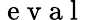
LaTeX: \mathrm{~e~v~a~l~}